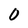
Character: 0